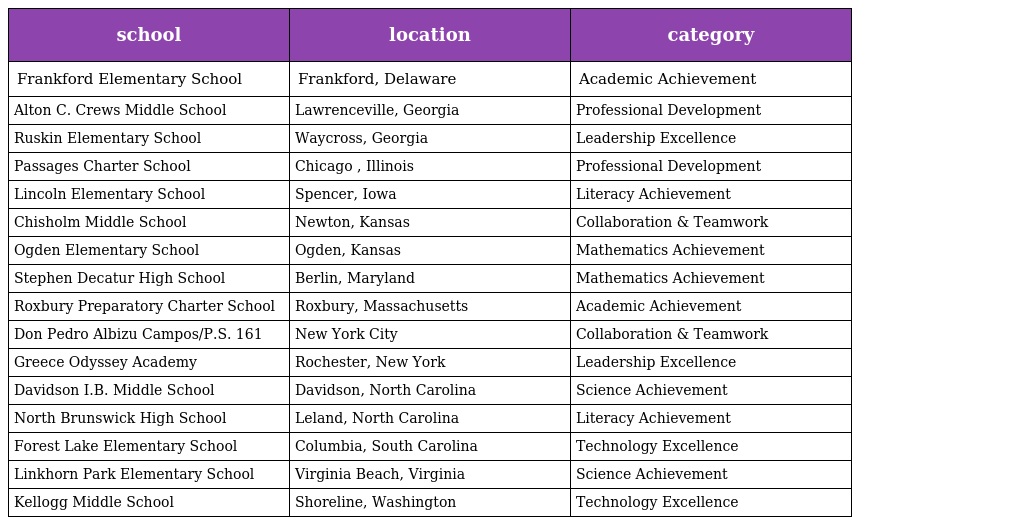
| school | location | category |
 | --- | --- | --- |
 | Frankford Elementary School | Frankford, Delaware | Academic Achievement |
 | Alton C. Crews Middle School | Lawrenceville, Georgia | Professional Development |
 | Ruskin Elementary School | Waycross, Georgia | Leadership Excellence |
 | Passages Charter School | Chicago , Illinois | Professional Development |
 | Lincoln Elementary School | Spencer, Iowa | Literacy Achievement |
 | Chisholm Middle School | Newton, Kansas | Collaboration & Teamwork |
 | Ogden Elementary School | Ogden, Kansas | Mathematics Achievement |
 | Stephen Decatur High School | Berlin, Maryland | Mathematics Achievement |
 | Roxbury Preparatory Charter School | Roxbury, Massachusetts | Academic Achievement |
 | Don Pedro Albizu Campos/P.S. 161 | New York City | Collaboration & Teamwork |
 | Greece Odyssey Academy | Rochester, New York | Leadership Excellence |
 | Davidson I.B. Middle School | Davidson, North Carolina | Science Achievement |
 | North Brunswick High School | Leland, North Carolina | Literacy Achievement |
 | Forest Lake Elementary School | Columbia, South Carolina | Technology Excellence |
 | Linkhorn Park Elementary School | Virginia Beach, Virginia | Science Achievement |
 | Kellogg Middle School | Shoreline, Washington | Technology Excellence |